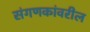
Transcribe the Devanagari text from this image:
संगणकांवरील